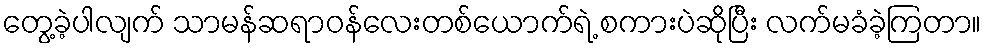
တွေ့ခဲ့ပါလျက် သာမန်ဆရာဝန်လေးတစ်ယောက်ရဲ့ စကားပဲဆိုပြီး လက်မခံခဲ့ကြတာ။